Madras plague regulations and rules for the city of Madras
Disease focus: Plague
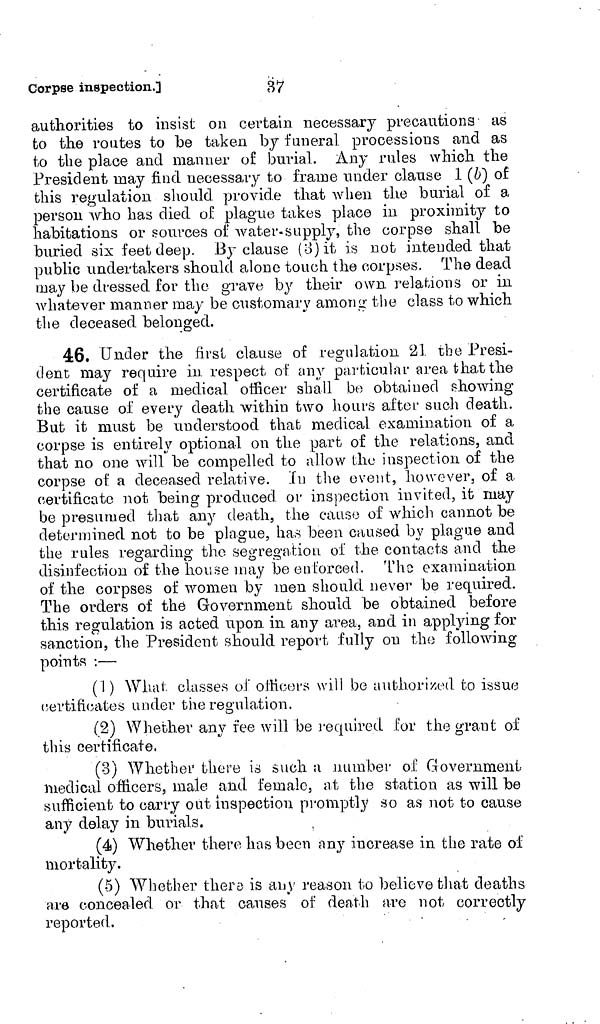
Corpse inspection.]
37
authorities to insist on certain necessary precautions as
to the routes to be taken by funeral processions and as
to the place and manner of burial. Any rules which the
President may find necessary to frame under clause 1 (b) of
this regulation should provide that when the burial of a
person who has died of plague takes place in proximity to
habitations or sources of water-supply, the corpse shall be
buried six feet deep. By clause (3) it is not intended that
public undertakers should alone touch the corpses. The dead
may be dressed for the grave by their own relations or in
whatever manner may be customary among the class to which
the deceased belonged.
46. Under the first clause of regulation 21 the Presi-
dent may require in respect of any particular area that the
certificate of a medical officer shall bo obtained showing
the cause of every death within two hours after such death.
But it must be understood that medical examination of a
corpse is entirely optional on the part of the relations, and
that no one will be compelled to allow the inspection of the
corpse of a deceased relative. In the event, however, of a
certificate not being produced or inspection invited, it may
be presumed that any death, the causo of which cannot be
determined not to be plague, has been caused by plague and
the rules regarding the segregation of the contacts and the
disinfection of the house may be enforced. The examination
of the corpses of women by men should never be required.
The orders of the Government should be obtained before
this regulation is acted upon in any area, and in applying for
sanction, the President should report fully on the following
points :—
(1) What classes of officers will be authorized to issue
certificates under the regulation.
(2) Whether any fee will be required for the grant of
this certificate,
(3) Whether there is such a number of Government
medical officers, male and female, at the station as will be
sufficient to carry out inspection promptly so as not to cause
any delay in burials.
(4) Whether there has been any increase in the rate of
mortality.
(5) Whether there is any reason to believe that deaths
are concealed or that causes of death are not correctly
reported.